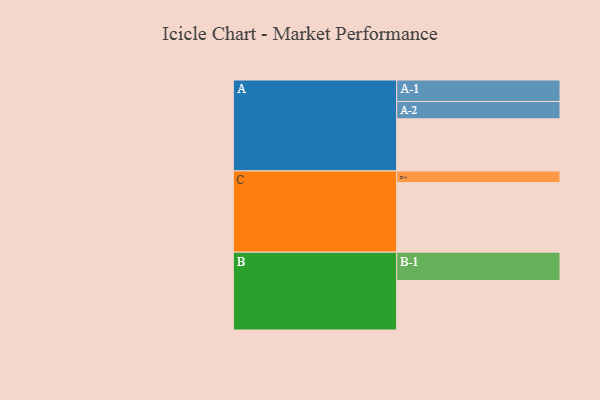
{"axis": {"x": "Segment", "y": "Value"}, "legend": ["", "A", "B", "C"], "data": [{"x": "A", "y": 397, "type": ""}, {"x": "B", "y": 377, "type": ""}, {"x": "C", "y": 530, "type": ""}, {"x": "A-1", "y": 164, "type": "A"}, {"x": "A-2", "y": 132, "type": "A"}, {"x": "B-1", "y": 216, "type": "B"}, {"x": "C-1", "y": 89, "type": "C"}]}